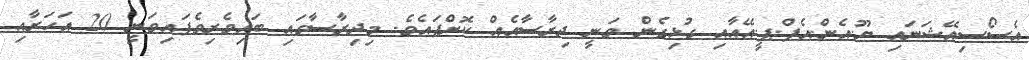
އެސޯސިއޭޝަނައި ޔޫ.އެން.އެފް.ޕީ.އޭއާއި ގުޅިގެން ވަނީ ދިރާސާއެއް ކޮށްފައެވެ. މިދިރާސާގައި ބައިވެރިވެފައިވަނީ 20 އަހަރާއި